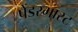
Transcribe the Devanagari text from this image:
पेंडरगास्ट